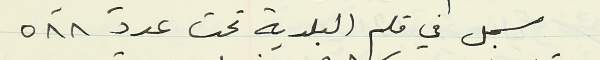
سجل في قلم البلدية تحت عدد ٥٨٨